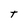
Character: t